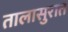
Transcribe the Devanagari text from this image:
तालासुरात